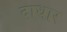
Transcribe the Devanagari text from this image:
दाधार